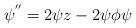
LaTeX: \begin{align*} \psi^{''} = 2 \psi z - 2 \psi \phi \psi \end{align*}